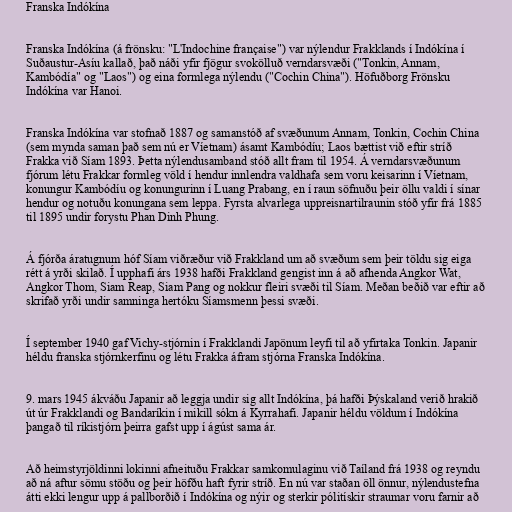
Franska Indókína

Franska Indókína (á frönsku: "L'Indochine française") var nýlendur Frakklands í Indókína í
Suðaustur-Asíu kallað, það náði yfir fjögur svokölluð verndarsvæði ("Tonkin, Annam,
Kambódía" og "Laos") og eina formlega nýlendu ("Cochin China"). Höfuðborg Frönsku
Indókína var Hanoi.

Franska Indókína var stofnað 1887 og samanstóð af svæðunum Annam, Tonkin, Cochin China
(sem mynda saman það sem nú er Víetnam) ásamt Kambódíu; Laos bættist við eftir stríð
Frakka við Síam 1893. Þetta nýlendusamband stóð allt fram til 1954. Á verndarsvæðunum
fjórum létu Frakkar formleg völd í hendur innlendra valdhafa sem voru keisarinn í Víetnam,
konungur Kambódíu og konungurinn í Luang Prabang, en í raun söfnuðu þeir öllu valdi í sínar
hendur og notuðu konungana sem leppa. Fyrsta alvarlega uppreisnartilraunin stóð yfir frá 1885
til 1895 undir forystu Phan Dinh Phung.

Á fjórða áratugnum hóf Síam viðræður við Frakkland um að svæðum sem þeir töldu sig eiga
rétt á yrði skilað. Í upphafi árs 1938 hafði Frakkland gengist inn á að afhenda Angkor Wat,
Angkor Thom, Siam Reap, Siam Pang og nokkur fleiri svæði til Síam. Meðan beðið var eftir að
skrifað yrði undir samninga hertóku Síamsmenn þessi svæði.

Í september 1940 gaf Vichy-stjórnin í Frakklandi Japönum leyfi til að yfirtaka Tonkin. Japanir
héldu franska stjórnkerfinu og létu Frakka áfram stjórna Franska Indókína.

9. mars 1945 ákváðu Japanir að leggja undir sig allt Indókína, þá hafði Þýskaland verið hrakið
út úr Frakklandi og Bandaríkin í mikill sókn á Kyrrahafi. Japanir héldu völdum í Indókína
þangað til ríkistjórn þeirra gafst upp í ágúst sama ár.

Að heimstyrjöldinni lokinni afneituðu Frakkar samkomulaginu við Taíland frá 1938 og reyndu
að ná aftur sömu stöðu og þeir höfðu haft fyrir stríð. En nú var staðan öll önnur, nýlendustefna
átti ekki lengur upp á pallborðið í Indókína og nýir og sterkir pólitískir straumar voru farnir að